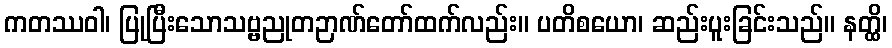
ကတဿဝါ၊ ပြုပြီးသောသဗ္ဗညုတဉာဏ်တော်ထက်လည်း။ ပတိစယော၊ ဆည်းပူးခြင်းသည်။ နတ္ထိ၊